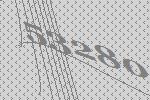
53280